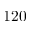
1 2 0